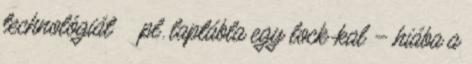
technológiát ● pl. laptábla egy lock-kal – hiába a